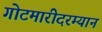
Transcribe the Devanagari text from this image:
गोटमारीदरम्यान